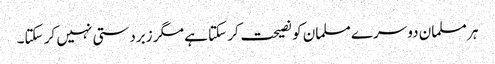
ہر مسلمان دوسرے مسلمان کو نصیحت کر سکتا ہے مگر زبردستی نہیں کر سکتا۔